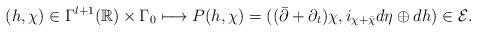
LaTeX: \begin{align*} (h,\chi)\in\Gamma^{l+1}(\mathbb R)\times \Gamma_0\longmapsto P(h,\chi)=((\bar\partial +\partial_t)\chi,i_{\chi+\bar\chi}d\eta\oplus dh)\in\mathcal E.\end{align*}